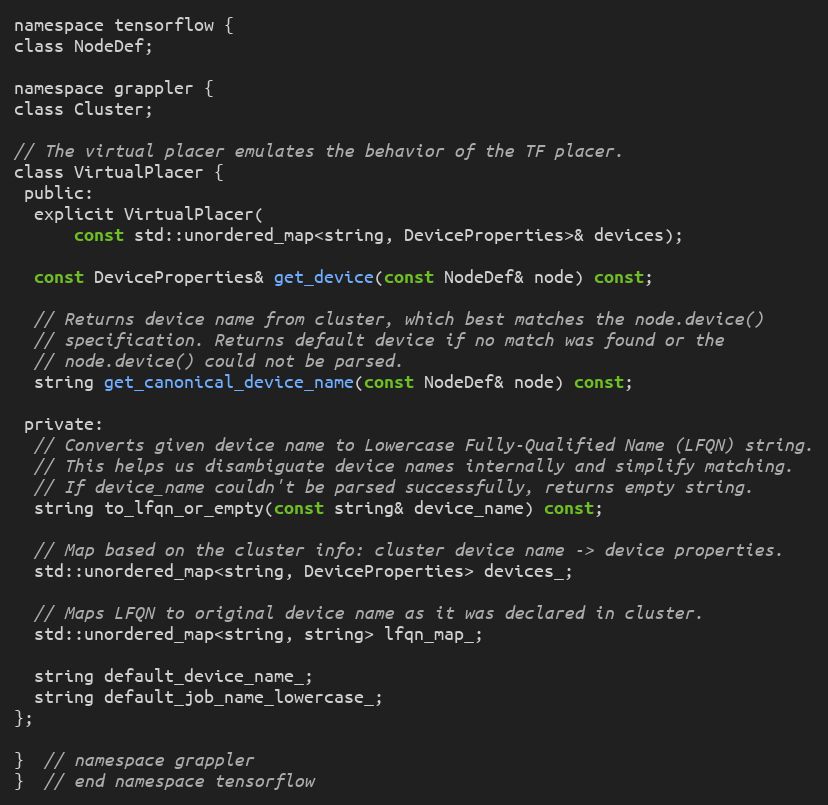
Language: C
namespace tensorflow {
class NodeDef;

namespace grappler {
class Cluster;

// The virtual placer emulates the behavior of the TF placer.
class VirtualPlacer {
 public:
  explicit VirtualPlacer(
      const std::unordered_map<string, DeviceProperties>& devices);

  const DeviceProperties& get_device(const NodeDef& node) const;

  // Returns device name from cluster, which best matches the node.device()
  // specification. Returns default device if no match was found or the
  // node.device() could not be parsed.
  string get_canonical_device_name(const NodeDef& node) const;

 private:
  // Converts given device name to Lowercase Fully-Qualified Name (LFQN) string.
  // This helps us disambiguate device names internally and simplify matching.
  // If device_name couldn't be parsed successfully, returns empty string.
  string to_lfqn_or_empty(const string& device_name) const;

  // Map based on the cluster info: cluster device name -> device properties.
  std::unordered_map<string, DeviceProperties> devices_;

  // Maps LFQN to original device name as it was declared in cluster.
  std::unordered_map<string, string> lfqn_map_;

  string default_device_name_;
  string default_job_name_lowercase_;
};

}  // namespace grappler
}  // end namespace tensorflow